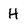
Character: H